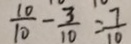
\frac { 1 0 } { 1 0 } - \frac { 3 } { 1 0 } = \frac { 7 } { 1 0 }